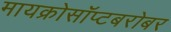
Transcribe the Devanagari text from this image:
मायक्रोसॉप्टबरोबर